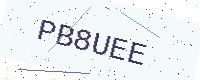
Text: PB8UEE